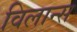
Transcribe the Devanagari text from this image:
विलान्स